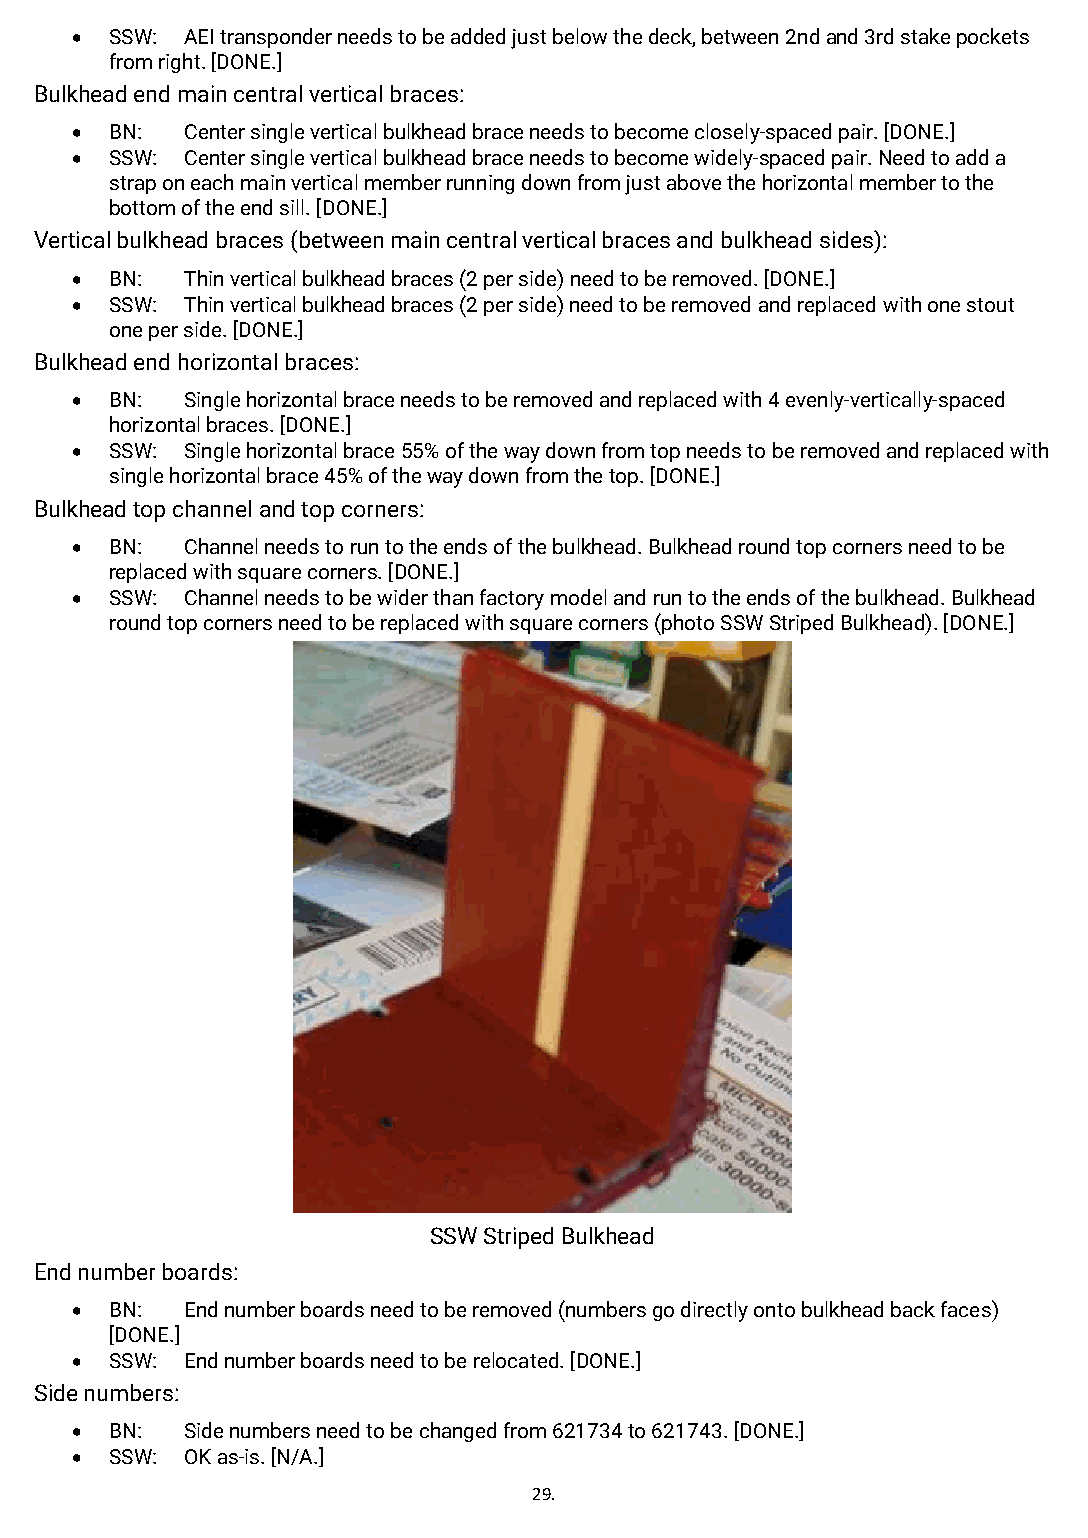
• SSW: AEI transponder needs to be added just below the deck, between 2nd and 3rd stake pockets
 from right. [DONE.]
 Bulkhead end main central vertical braces:
 • BN:  Center single vertical bulkhead brace needs to become closely-spaced pair. [DONE.]
 • SSW: Center single vertical bulkhead brace needs to become widely-spaced pair. Need to add a
 strap on each main vertical member running down from just above the horizontal member to the
 bottom of the end sill. [DONE.]
 Vertical bulkhead braces (between main central vertical braces and bulkhead sides):
 • BN:  Thin vertical bulkhead braces (2 per side) need to be removed. [DONE.]
 • SSW: Thin vertical bulkhead braces (2 per side) need to be removed and replaced with one stout
 one per side. [DONE.]
 Bulkhead end horizontal braces:
 • BN:  Single horizontal brace needs to be removed and replaced with 4 evenly-vertically-spaced
 horizontal braces. [DONE.]
 • SSW: Single horizontal brace 55% of the way down from top needs to be removed and replaced with
 single horizontal brace 45% of the way down from the top. [DONE.]
 Bulkhead top channel and top corners:
 • BN:  Channel needs to run to the ends of the bulkhead. Bulkhead round top corners need to be
 replaced with square corners. [DONE.]
 • SSW: Channel needs to be wider than factory model and run to the ends of the bulkhead. Bulkhead
 round top corners need to be replaced with square corners (photo SSW Striped Bulkhead). [DONE.]
 SSW Striped Bulkhead
 End number boards:
 • BN:  End number boards need to be removed (numbers go directly onto bulkhead back faces)
 [DONE.]
 • SSW: End number boards need to be relocated. [DONE.]
 Side numbers:
 • BN:  Side numbers need to be changed from 621734 to 621743. [DONE.]
 • SSW: OK as-is. [N/A.]
 29.